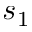
s _ { 1 }